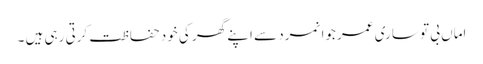
اماں بی تو ساری عمر جوانمرد سے اپنے گھر کی خود حفاظت کرتی رہی ہیں ۔